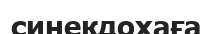
синекдохаға